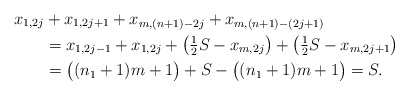
\begin{align*}x_{1,2j} &+ x_{1,2j+1} + x_{m,(n+1)-2j} + x_{m,(n+1)-(2j+1)} \\&= x_{1,2j-1} + x_{1,2j} + \bigl( \tfrac{1}{2} S - x_{m,2j} \bigr) + \bigl( \tfrac{1}{2} S - x_{m,2j+1} \bigr) \\&= \bigl( (n_1 +1) m +1 \bigr) + S - \bigl( (n_1 +1) m +1 \bigr) =S.\end{align*}